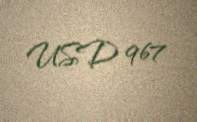
USD 967